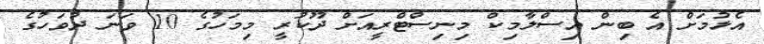
އެޅުމަށް އެ ބިން އިސްލާމިކް މިނިސްޓްރީއަށް ދޫކުރީ މިމަހުގެ 10 ވަނަ ދުވަހުގެ